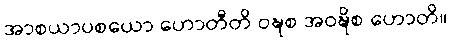
အာစယာပစယော ဟောတီတိ ဝဍ္ဎစ အဝဍ္ဎိစ ဟောတိ။